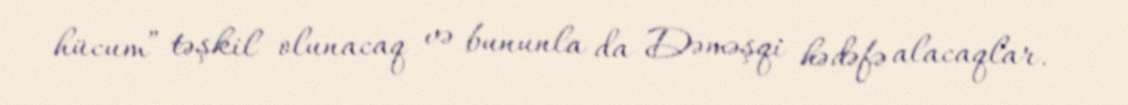
hücum” təşkil olunacaq və bununla da Dəməşqi hədəfə alacaqlar.